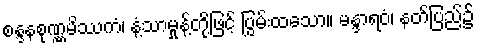
စန္ဒနစုဏ္ဏမိဿကံ၊ နံ့သာမှုန့်တို့ဖြင့် ပြွမ်းထသော။ မန္ဒာရဝံ၊ နတ်ပြည်၌